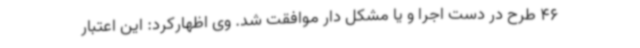
46 طرح در دست اجرا و یا مشکل دار موافقت شد. وی اظهارکرد: این اعتبار